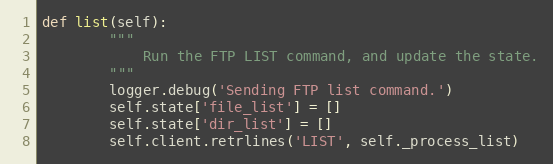
Language: Python
def list(self):
        """
            Run the FTP LIST command, and update the state.
        """
        logger.debug('Sending FTP list command.')
        self.state['file_list'] = []
        self.state['dir_list'] = []
        self.client.retrlines('LIST', self._process_list)